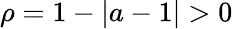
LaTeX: \rho=1-|a-1|>0